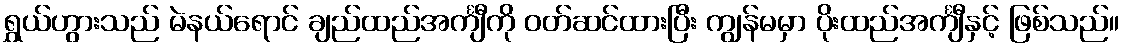
ရွှယ်ဟွားသည် မဲနယ်ရောင် ချည်ထည်အင်္ကျီကို ဝတ်ဆင်ထားပြီး ကျွန်မမှာ ပိုးထည်အင်္ကျီနှင့် ဖြစ်သည်။